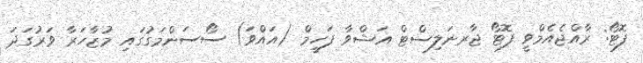
ފޮޓޯ: ރާއްޖެއެމްވީ ފޮޓޯ ޖާރނަލިސްޓް އަޝްވާ ފަހީމް (އައްވަ) ސޯސަންމަގުގައި މުޒާހަރާ ވަރުގަދަ